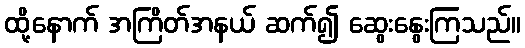
ထို့နောက် အကြိတ်အနယ် ဆက်၍ ဆွေးနွေးကြသည်။